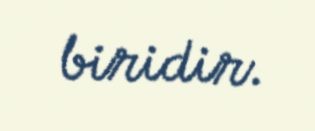
biridir.